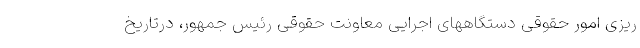
ریزی امور حقوقی دستگاههای اجرایی معاونت حقوقی رئیس جمهور، درتاریخ